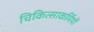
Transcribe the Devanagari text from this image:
चिकित्साकर्मियों